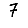
Digit: 7